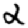
Digit: 2